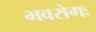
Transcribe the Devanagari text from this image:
भवरोगः